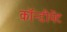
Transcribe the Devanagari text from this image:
कॉन्डीमेंट